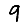
Digit: 9